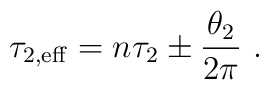
\tau_{2,\rm eff} = n \tau_2 \pm \frac{\theta_2}{2\pi}\ .